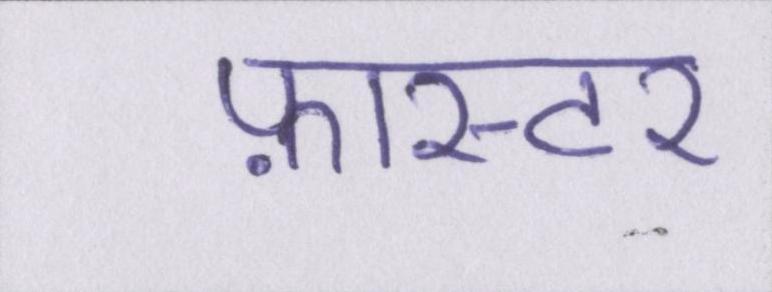
फ़ास्टर